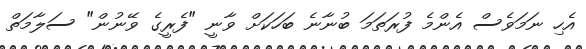
އެހި ނަމަވެސް އެންމެ ފުރަތަމަ ބުނާނެ ބަހަކަށް ވާނީ "ފެރީގެ ވޭނުން" ސަލާމަތް